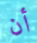
أن